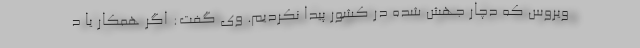
ویروس که دچار جهش شده در کشور پیدا نکردیم. وی گفت: اگر همکار یا د